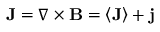
\mathbf { J } = \nabla \times \mathbf { B } = \left\langle \mathbf { J } \right\rangle + \mathbf { j }